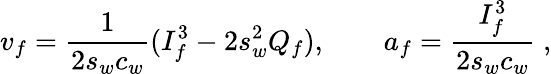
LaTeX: v_{f}=\frac{1}{2s_{w}c_{w}}(I_{f}^{3}-2s_{w}^{2}Q_{f}),\qquad a_{f}=\frac{I_{f}^{3}}{2s_{w}c_{w}}\; ,